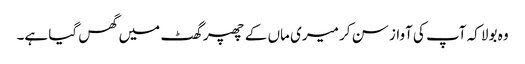
وہ بولا کہ آپ کی آواز سن کر میری ماں کے چھپر گھٹ میں گھس گیا ہے۔